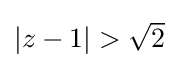
{\textstyle \left\vert z-1\right\vert >{\sqrt {2}}}